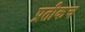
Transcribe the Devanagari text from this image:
प्रतीकच